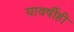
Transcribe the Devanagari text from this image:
यावर्षीही